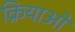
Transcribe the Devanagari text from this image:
क्रियाआें